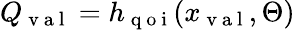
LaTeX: Q_{\mathrm{~v~a~l~}}=h_{\mathrm{~q~o~i~}}(x_{\mathrm{~v~a~l~}},\Theta)